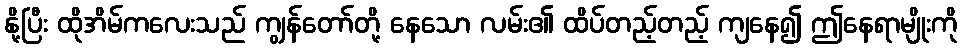
နို့ပြီး ထိုအိမ်ကလေးသည် ကျွန်တော်တို့ နေသော လမ်း၏ ထိပ်တည့်တည့် ကျနေ၍ ဤနေရာမျိုးကို